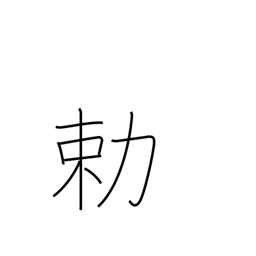
Meaning: imperial order